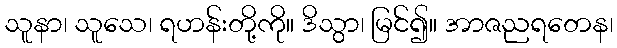
သူနာ၊ သူသေ၊ ရဟန်းတို့ကို။ ဒိသွာ၊ မြင်၍။ အာဇညရတေန၊